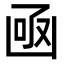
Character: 凾